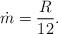
LaTeX: \begin{align*}\dot m = \frac{R}{12}.\end{align*}